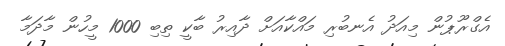
އެގްރޫޕުން މިއަދު އެނބުރި މައްކާއަށް ދާއިރު ބާކީ ތިބި 1000 މީހުން މާދަމާ